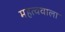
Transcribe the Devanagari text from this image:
महत्ववाला